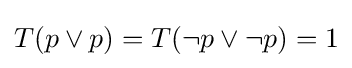
T(p\vee p)=T(\neg p\vee \neg p)=1